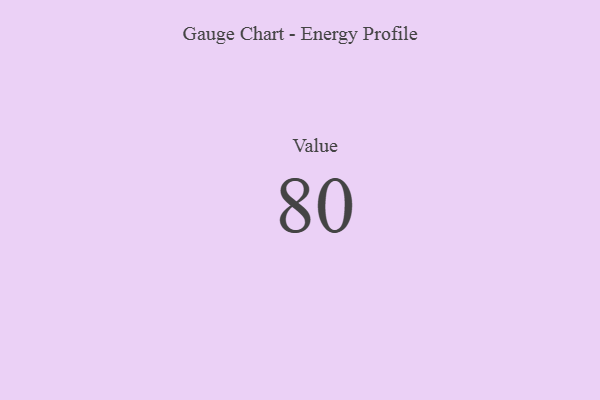
{"axis": {"x": "Metric", "y": "Value"}, "legend": [""], "data": [{"x": "Value", "y": 80, "type": ""}]}